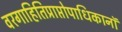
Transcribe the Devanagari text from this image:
वरगाहितिप्राप्तोपाधिकानॉ